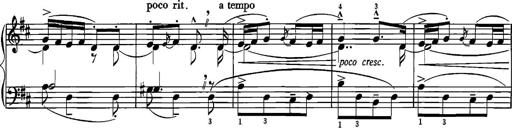
Title: Sonatina for Piano
Composer: BÃ©la BartÃ³k